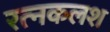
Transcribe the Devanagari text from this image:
रत्‍नकलश